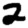
Digit: 2